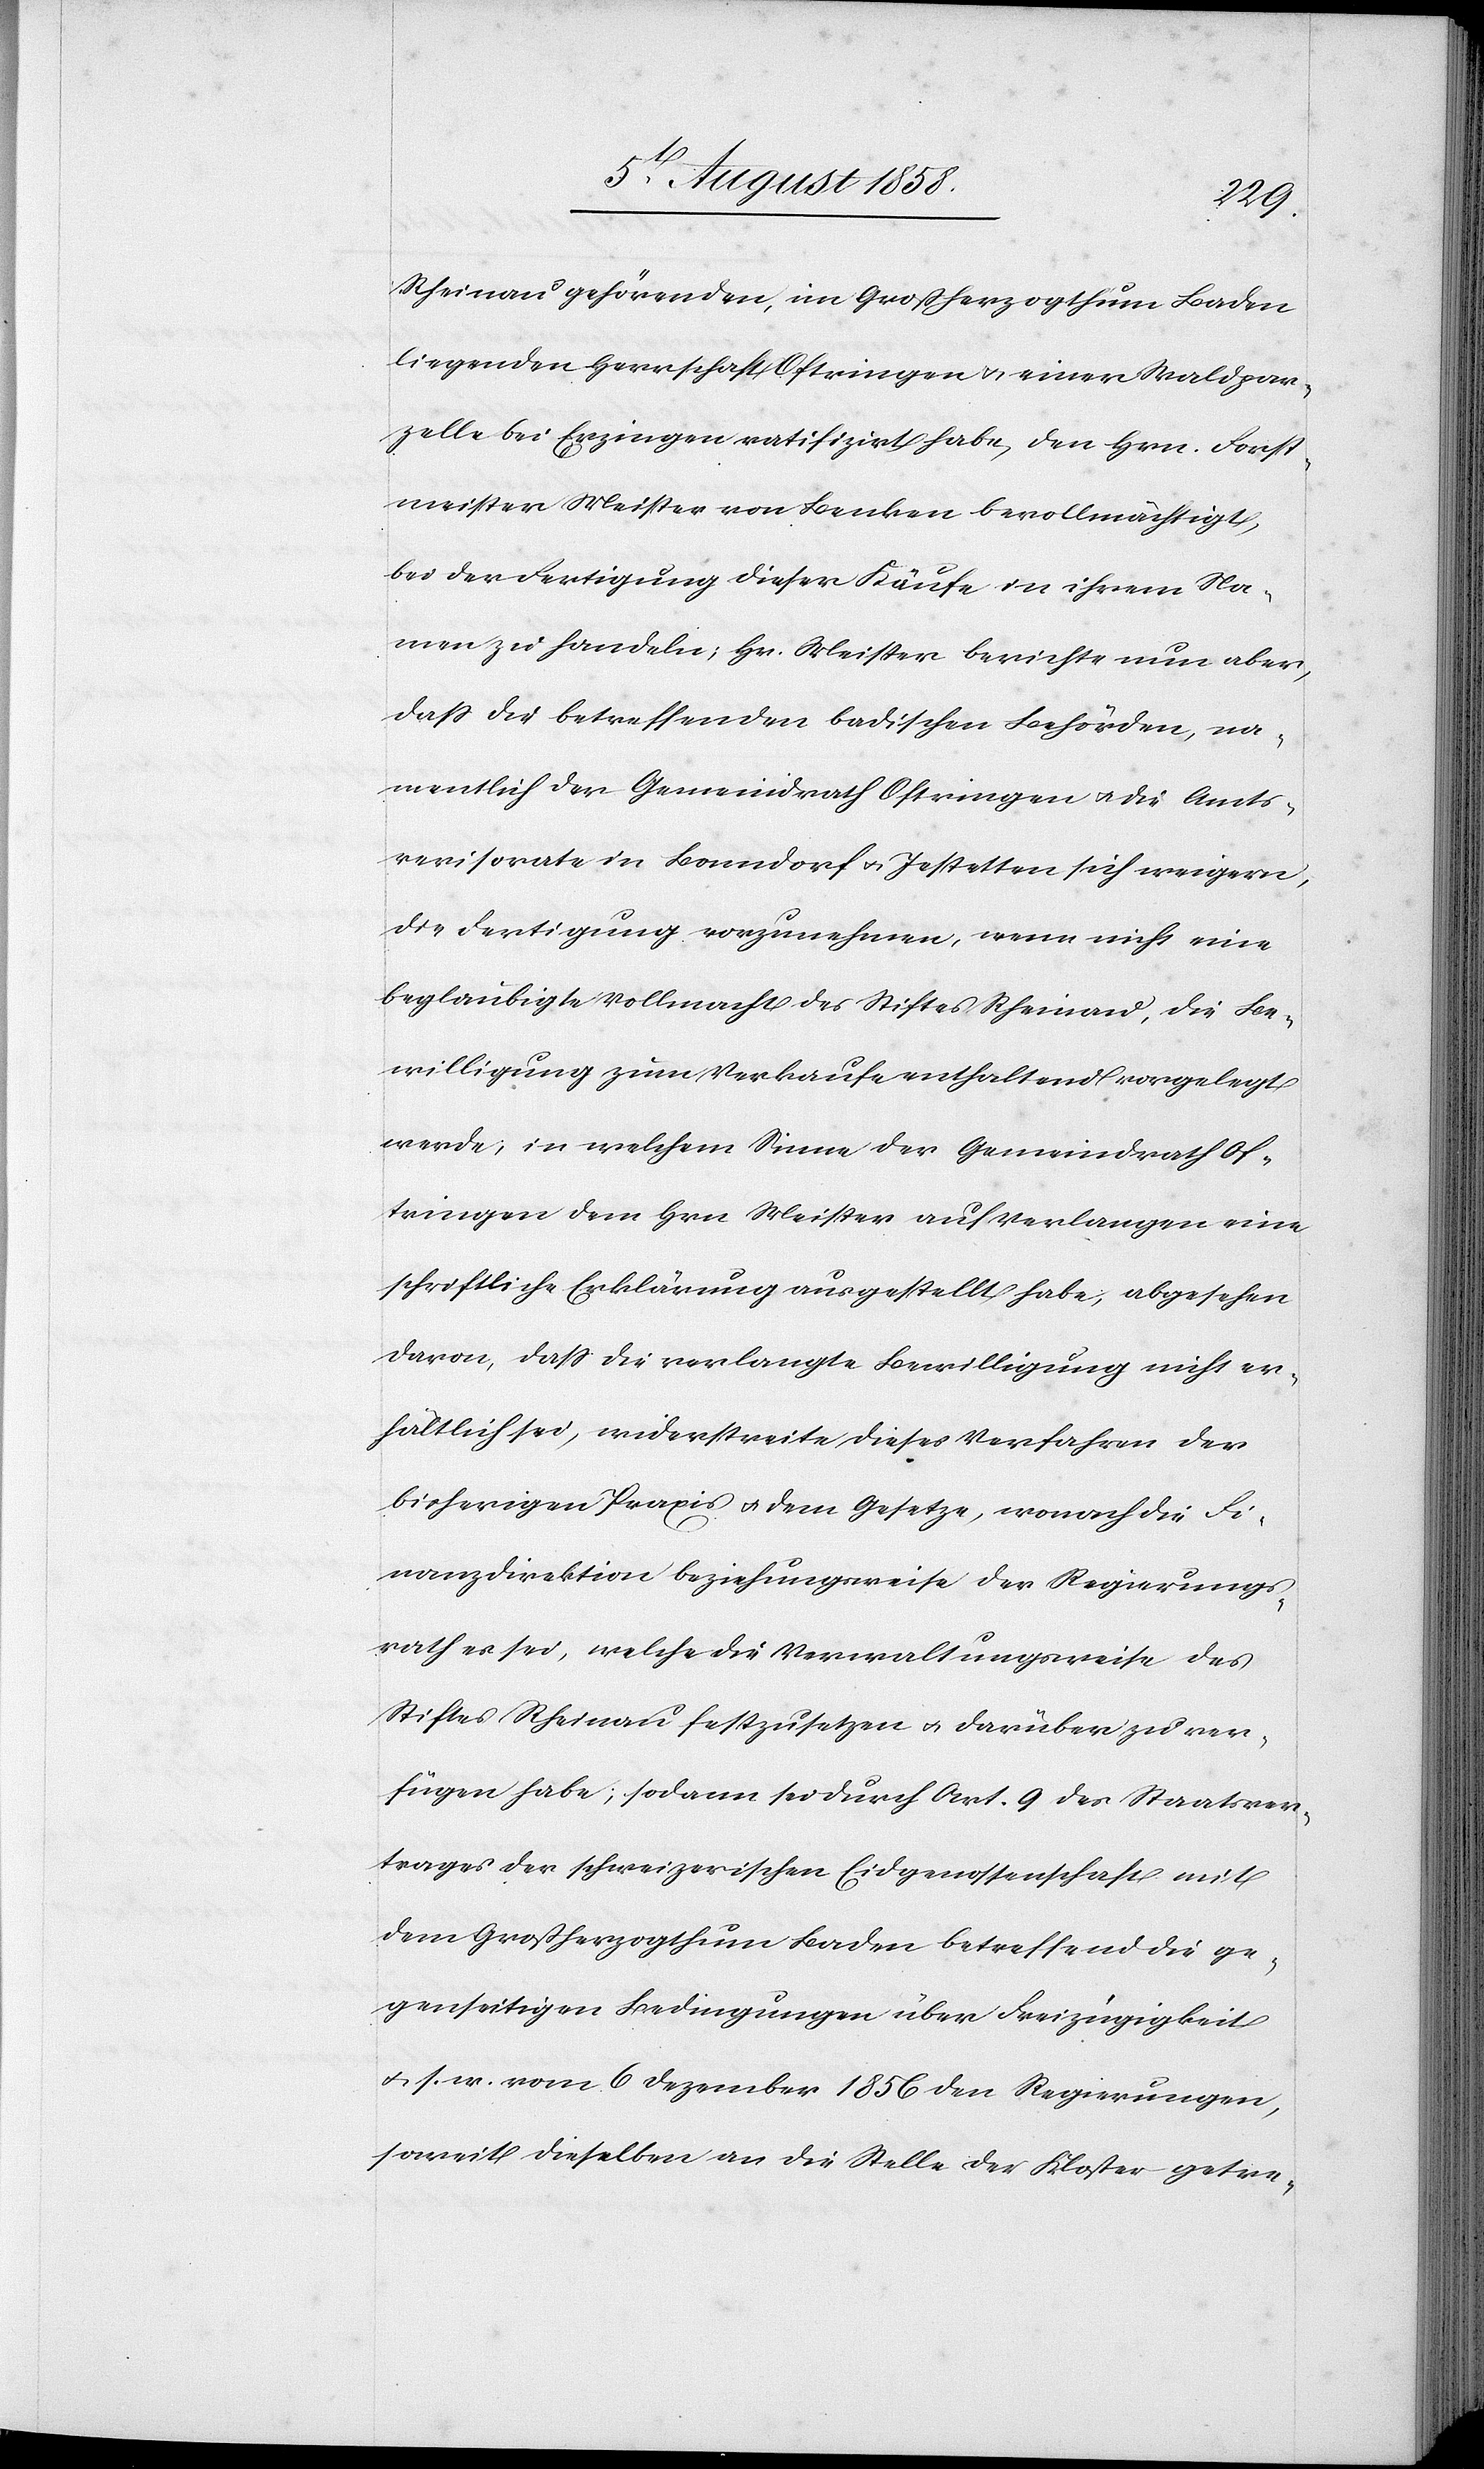
Rheinau gehörenden, im Großherzogthum Baden
liegenden Herrschaft Oftringen & einer Waldpar¬
zelle bei Erzingen ratifizirt habe, den Hrn. Forst¬
meister Meister von Benken bevollmächtigt,
bei der Fertigung dieser Käufe in ihrem Na¬
men zu handeln; Hr. Meister berichte nun aber,
dass die betreffenden badischen Behörden, na¬
mentlich der Gemeindrath Oftringen & die Amts¬
revisorate in Bonndorf & Jestetten sich weigern,
die Fertigung vorzunehmen, wenn nicht eine
beglaubigte Vollmacht des Stiftes Rheinau, die Be¬
willigung zum Verkaufe enthaltend vorgelegt
werde; in welchem Sinne der Gemeindrath Of¬
tringen dem Hrn. Meister auf Verlangen eine
schriftliche Erklärung ausgestellt habe; abgesehen
davon, dass die verlangte Bewilligung nicht er¬
hältlich sei, widerstreite dieses Verfahren der
bisherigen Praxis & dem Gesetze, wonach die Fi¬
nanzdirektion beziehungsweise der Regierungs¬
rath es sei, welche die Verwaltungsweise des
Stiftes Rheinau festzusetzen & darüber zu ver¬
fügen habe; sodann sei durch Art. 9 des Staatsver¬
trages der schweizerischen Eidgenossenschaft mit
dem Großherzogthum Baden betreffend die ge¬
genseitigen Bedingungen über Freizügigkeit
& s. w. vom 6 Dezember 1856 den Regierungen,
soweit dieselben an die Stelle der Kloster getre-